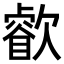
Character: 𣤧